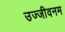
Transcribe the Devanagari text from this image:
उज्जीवनम